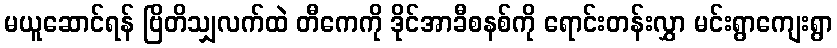
မယူဆောင်ရန် ဗြိတိသျှလက်ထဲ တီကေကို ဒိုင်အာခီစနစ်ကို ရောင်းတန်းလွှာ မင်းရွာကျေးရွာ